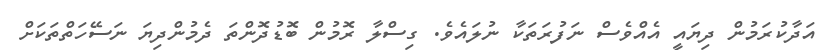
އަދާކުރަމުން ދިޔައީ އެއްވެސް ނަފުރަތަކާ ނުލައެވެ. ގިސްލާ ރޮމުން ބޮޑުދޮންތަ ދެމުންދިޔަ ނަސޭހަތްތަކަށް